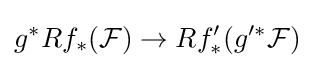
g^{*}Rf_{*}({\mathcal {F}})\to Rf'_{*}(g'^{*}{\mathcal {F}})